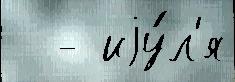
  - иjу́л'я